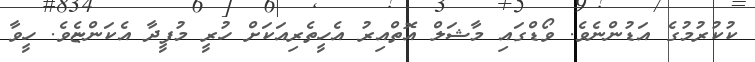
ކުކުރުމުގެ އަޑުންނެވެ. ވޯޑްގައި މާޝަލް އޮތްއިރު އެހީތެރިއަކަށް ހުރީ މުފީދާ އެކަންޏެވެ. ހީވާ